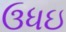
ઉધઇ